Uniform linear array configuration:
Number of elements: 24
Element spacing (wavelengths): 0.25
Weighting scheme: binomial
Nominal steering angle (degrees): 30
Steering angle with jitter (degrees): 29.337
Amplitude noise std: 0.05
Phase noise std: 0.05

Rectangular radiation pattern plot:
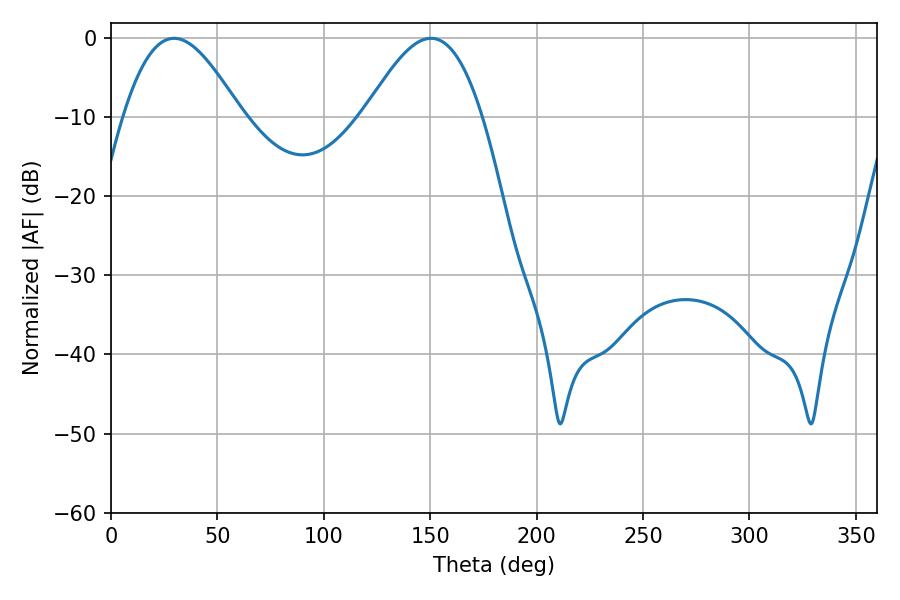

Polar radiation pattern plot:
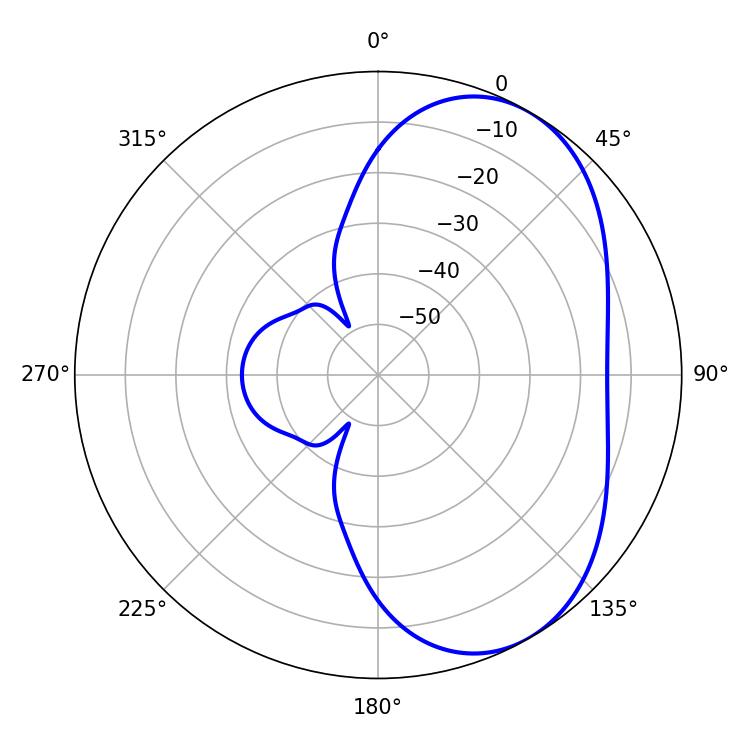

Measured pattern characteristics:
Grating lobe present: FALSE
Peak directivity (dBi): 5.076
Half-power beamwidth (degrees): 29.7
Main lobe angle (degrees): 29.7